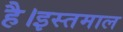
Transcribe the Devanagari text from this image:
है।इस्तमाल